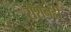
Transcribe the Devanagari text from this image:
रोशनही